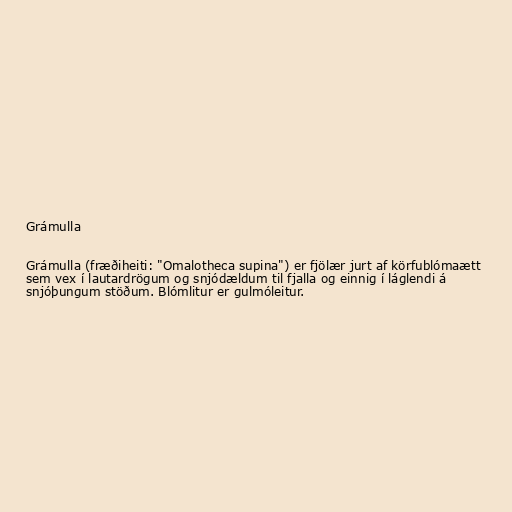
Grámulla

Grámulla (fræðiheiti: "Omalotheca supina") er fjölær jurt af körfublómaætt
sem vex í lautardrögum og snjódældum til fjalla og einnig í láglendi á
snjóþungum stöðum. Blómlitur er gulmóleitur.